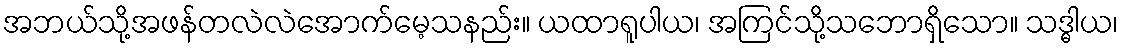
အဘယ်သို့အဖန်တလဲလဲအောက်မေ့သနည်း။ ယထာရူပါယ၊ အကြင်သို့သဘောရှိသော။ သဒ္ဓါယ၊